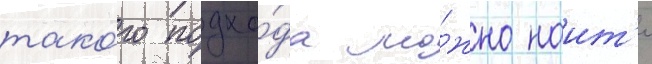
тако́го подхо́да мо́жно наит'и